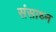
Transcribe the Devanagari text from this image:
संसाध्न